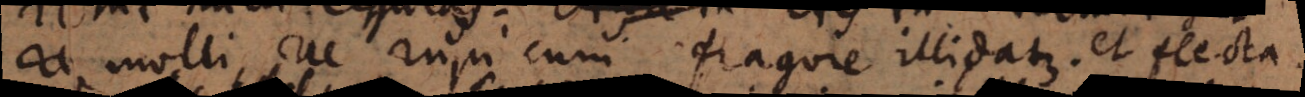
re molli, ne rupi cum fragore illidatur, et flecta